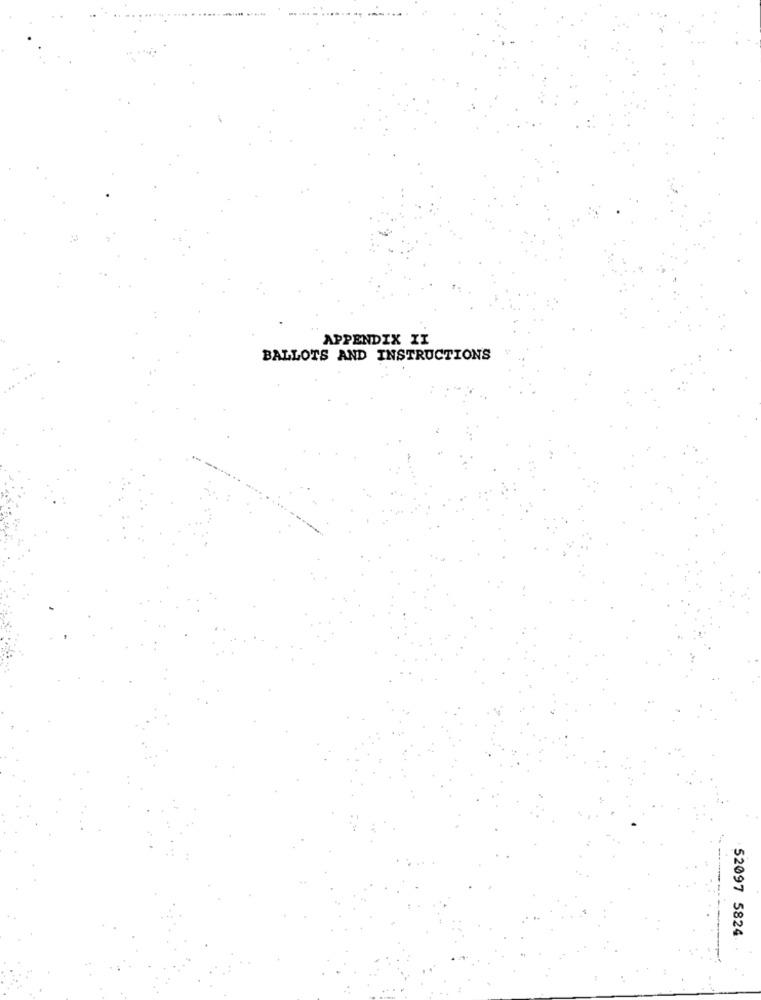
APPENDIX II
BALLOTS AND INSTRUCTIONS
52097 5824